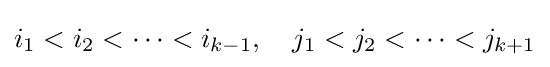
i_{1}<i_{2}<\cdots <i_{k-1},\quad j_{1}<j_{2}<\cdots <j_{k+1}